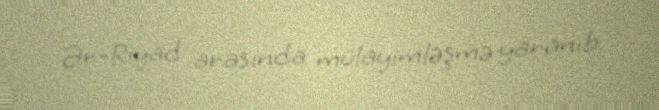
Ər-Riyad arasında mülayimləşmə yaranıb.